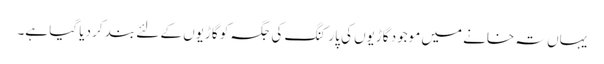
یہاں تہ خانے میں موجود گاڑیوں کی پارکنگ کی جگہ کو گاڑیوں کے لئے بند کر دیا گیا ہے۔